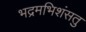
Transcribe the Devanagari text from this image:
भद्रमभिशंसतु